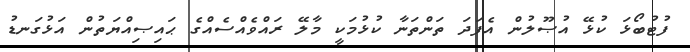
ފުޓުބޯޅަ ކުޅޭ އުޞޫލުން އެފަދަ ތަންތަނާ ކުޅުމަކީ މާލޭ ރައްވެއްސެއްގެ ޙައިޞިއްޔަތުން އަޅުގަނޑު